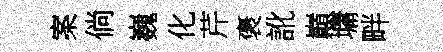
案倘巍化芹褒訛巔墉畔